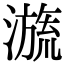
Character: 𣽩